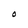
Character: O